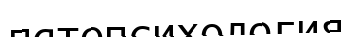
патопсихология